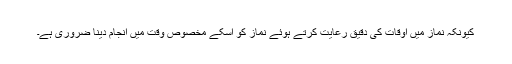
کیونکہ نماز میں اوقات کی دقیق رعایت کرتے ہوئے نماز کو اسکے مخصوص وقت میں انجام دینا ضروری ہے۔